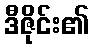
ဒီဇိုင်း၏